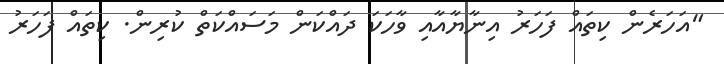
"އަހަރެން ކިތައް ފަހަރު އިނާޔާއާއި ވާހަކަ ދައްކަން މަސައްކަތް ކުރިން. ކިތައް ފަހަރު